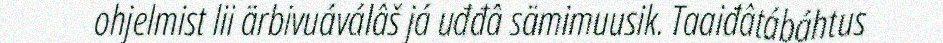
ohjelmist lii ärbivuáválâš já uđđâ sämimuusik. Taaiđâtábáhtus